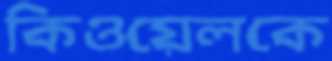
কিওয়েলকে